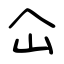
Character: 屳